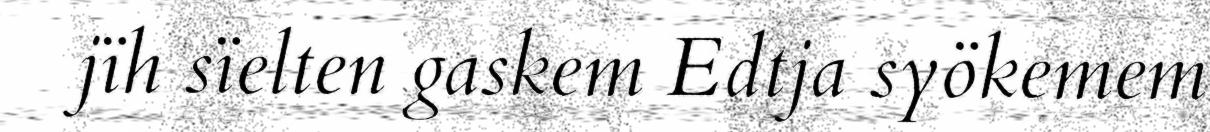
jïh sïelten gaskem Edtja syökemem